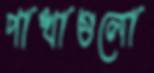
পাখাগুলো